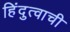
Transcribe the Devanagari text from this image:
हिंदुत्वाची